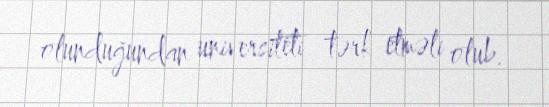
olunduğundan universiteti tərk etməli olub.